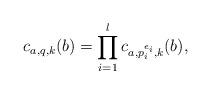
LaTeX: \begin{align*}c_{a,q, k}(b) = \prod_{i = 1}^l c_{a,p^{e_i}_i, k}(b),\end{align*}